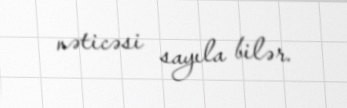
nəticəsi sayıla bilər.